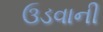
ઉડવાની